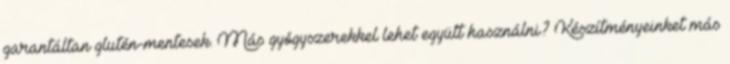
garantáltan glutén-mentesek. Más gyógyszerekkel lehet együtt használni? Készítményeinket más